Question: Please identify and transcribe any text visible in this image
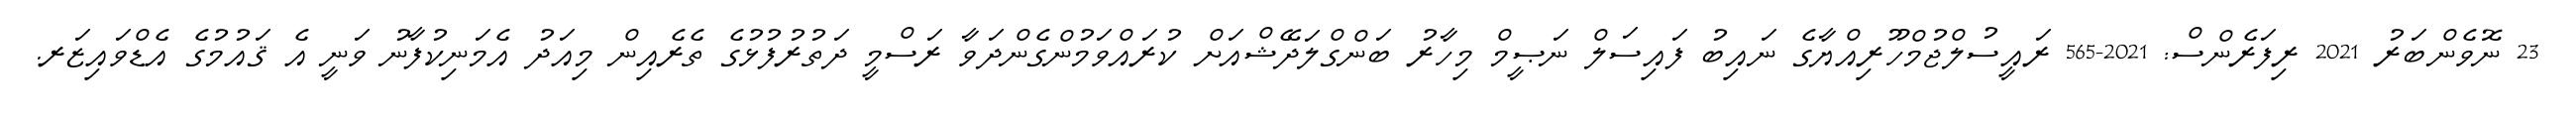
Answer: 23 ނޮވެންބަރު 2021 ރިފަރެންސް: 2021-565 ރައީސުލްޖުމްހޫރިއްޔާގެ ނައިބު ފައިސަލް ނަޞީމް މިހާރު ބަންގްލަދޭޝްއަށް ކުރައްވަމުންގެންދަވާ ރަސްމީ ދަތުރުފުޅުގެ ތެރެއިން މިއަދު އެމަނިކުފާނު ވަނީ އެ ޤައުމުގެ އެޑްވައިޒަރ.